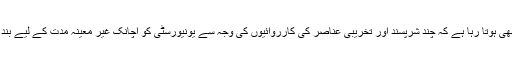
اکثر ایسا بھی ہوتا رہا ہے کہ چند شرپسند اور تخریبی عناصر کی کارروائیوں کی وجہ سے یونیورسٹی کو اچانک غیر معینہ مدت کے لیے بند کردیا گیا۔